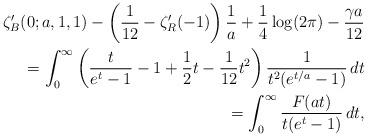
LaTeX: \begin{align*}\begin{aligned}\zeta_B'(0;a,1,1)-\left(\frac 1 {12} -\zeta'_R(-1)\right)\frac 1 a +\frac 1 4 \log (2\pi)-\frac {\gamma a}{12}\\=\int_0^\infty\left( \frac t {e^t-1}-1+\frac 1 2 t-\frac 1 {12} t^2 \right)\frac 1{t^2(e^{t/a}-1)}\,dt\\=\int_0^\infty\frac { F(at)}{t(e^{t}-1)}\,dt,\end{aligned}\end{align*}